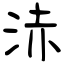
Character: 浾